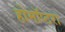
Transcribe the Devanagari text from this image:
होमॉप्टरा